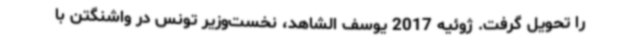
را تحویل گرفت. ژوئیه 2017 یوسف الشاهد، نخست‌وزیر تونس در واشنگتن با